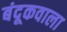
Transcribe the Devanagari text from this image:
बंदूकवाला